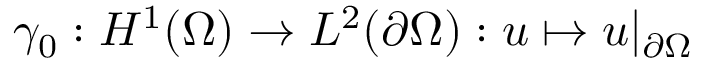
\gamma _ { 0 } : H ^ { 1 } ( \Omega ) \rightarrow L ^ { 2 } ( \partial \Omega ) : u \mapsto u | _ { \partial \Omega }